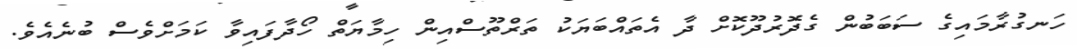
ހަނގުރާމައިގެ ސަބަބުން ގެދޮރުދޫކޮށް ދާ އެތައްބަޔަކު ތަރްތޫސްއިން ހިމާޔަތް ހޯދާފައިވާ ކަމަށްވެސް ބުނެއެވެ.